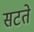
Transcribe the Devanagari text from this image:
सटते